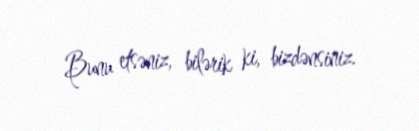
Bunu etsəniz, bilərik ki, bizdənsiniz.